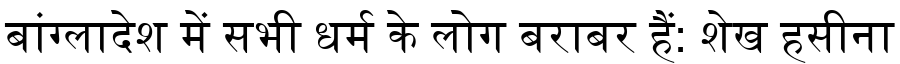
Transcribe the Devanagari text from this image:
बांग्लादेश में सभी धर्म के लोग बराबर हैं: शेख हसीना